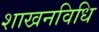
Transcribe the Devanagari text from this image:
शाखनविधि